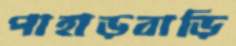
পাহাড়বাড়ি